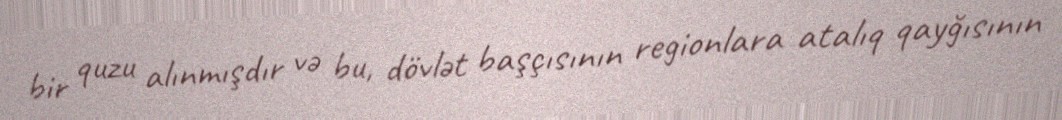
bir quzu alınmışdır və bu, dövlət başçısının regionlara atalıq qayğısının